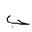
Letter: _ba